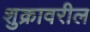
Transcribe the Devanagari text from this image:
शुक्रावरील